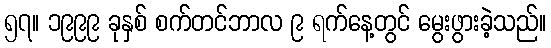
၅၇။ ၁၉၉၉ ခုနှစ် စက်တင်ဘာလ ၉ ရက်နေ့တွင် မွေးဖွားခဲ့သည်။